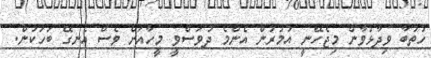
ހުތުބާ ވިދާޅުވާން މިޖެހޭނީ އުމުރުން އެންމެ ދުވަސްވީ މީހާއަށް ވެސް އެނގޭ ބަހަކުން.